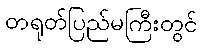
တရုတ်ပြည်မကြီးတွင်